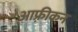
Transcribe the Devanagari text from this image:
आफ़्रीकन